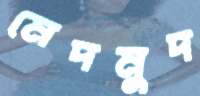
মেদমুদ